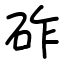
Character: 砟